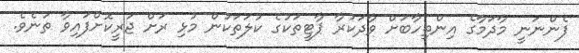
ފެންނަނީ މާދަމާގެ އިންތިހާބަށް ވާދަކުރާ ޕާޓީތަކުގެ ކުލަތަކުން މުޅި ރަށް ޖަރީކޮށްފައިވާ ތަނެވެ.